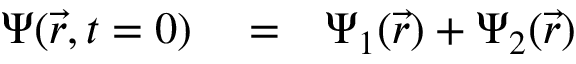
\begin{array} { r l r } { \Psi ( \vec { r } , t = 0 ) } & { { } = } & { \Psi _ { 1 } ( \vec { r } ) + \Psi _ { 2 } ( \vec { r } ) } \end{array}